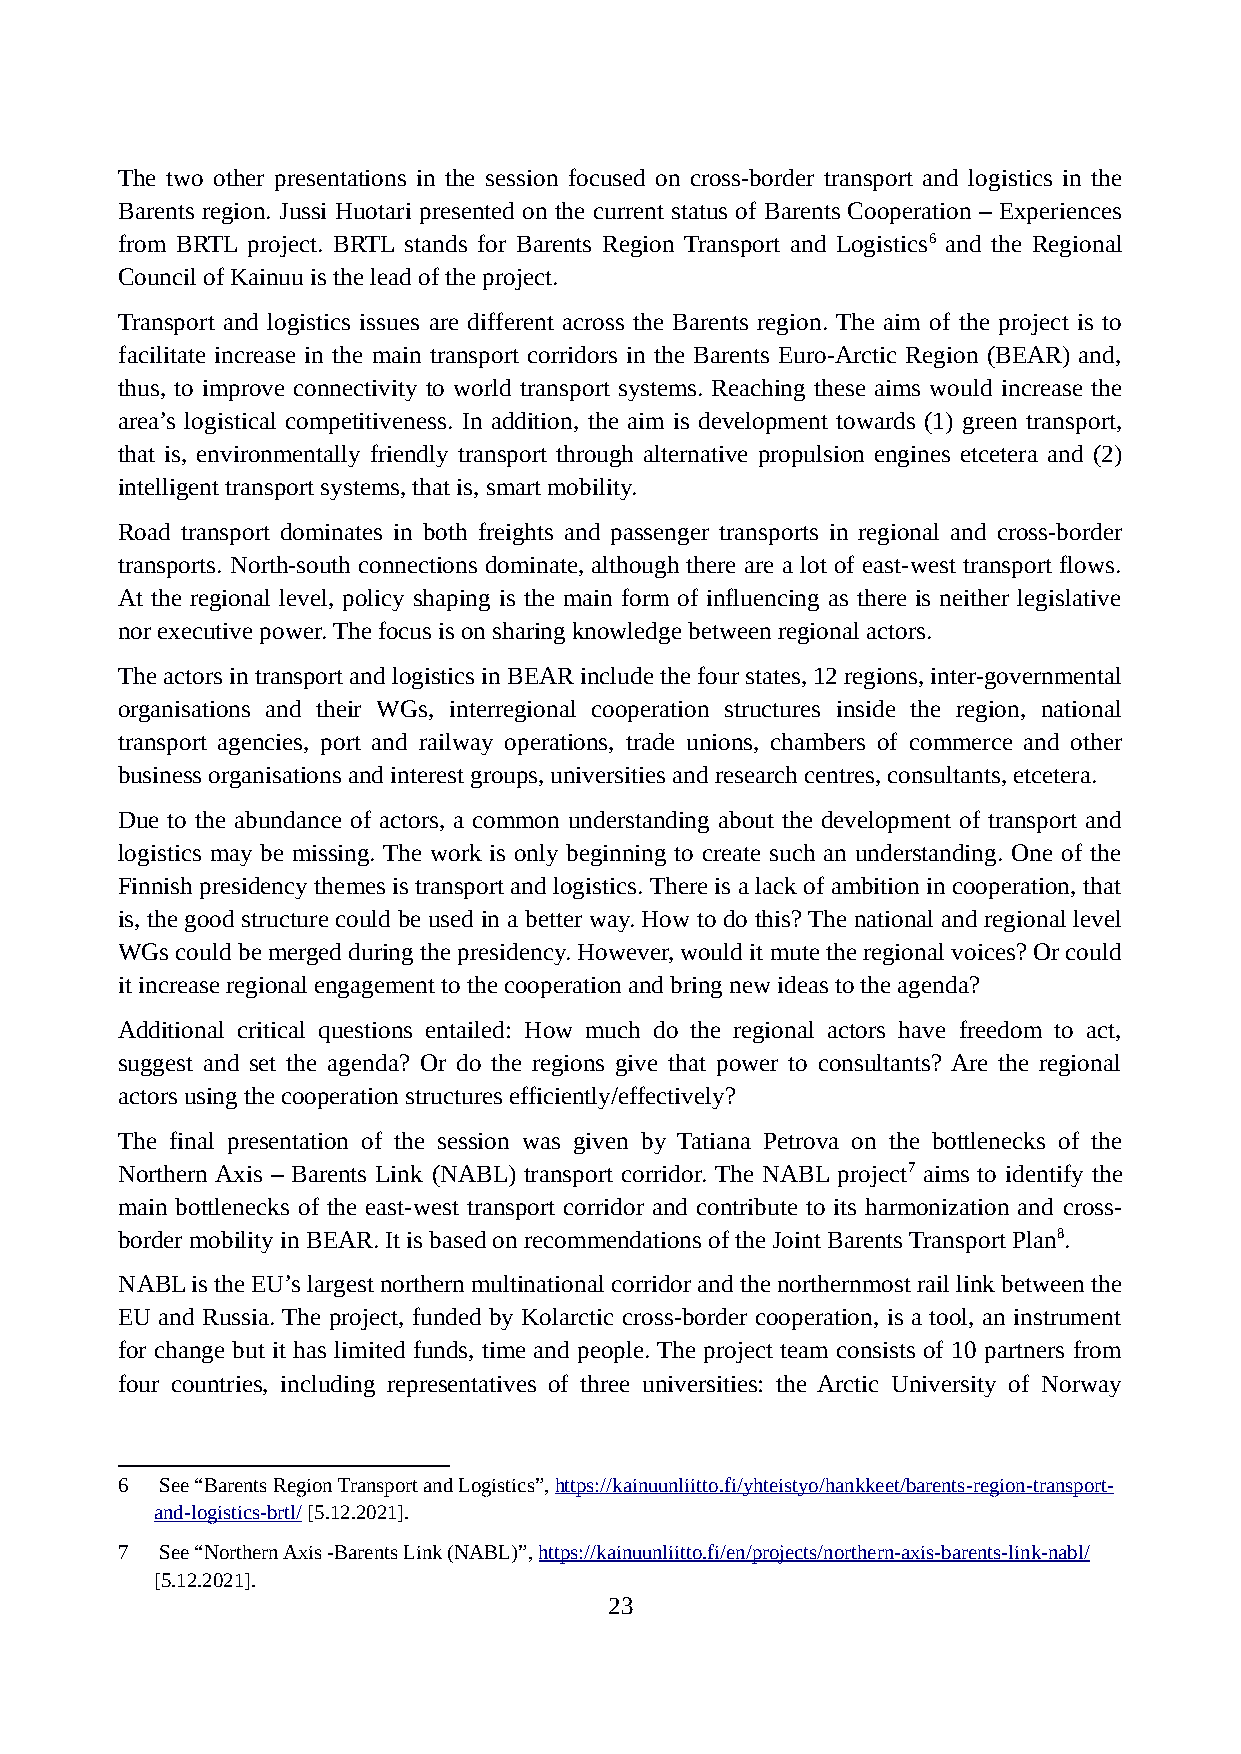
The two other presentations in the session focused on cross-border transport and logistics in the
 Barents region. Jussi Huotari presented on the current status of Barents Cooperation – Experiences
 from BRTL project. BRTL stands for Barents Region Transport and Logistics6 and the Regional
 Council of Kainuu is the lead of the project.
 Transport and logistics issues are different across the Barents region. The aim of the project is to
 facilitate increase in the main transport corridors in the Barents Euro-Arctic Region (BEAR) and,
 thus, to improve connectivity to world transport systems. Reaching these aims would increase the
 area’s logistical competitiveness. In addition, the aim is development towards (1) green transport,
 that is, environmentally friendly transport through alternative propulsion engines etcetera and (2)
 intelligent transport systems, that is, smart mobility.
 Road transport dominates in both freights and passenger transports in regional and cross-border
 transports. North-south connections dominate, although there are a lot of east-west transport flows.
 At the regional level, policy shaping is the main form of influencing as there is neither legislative
 nor executive power. The focus is on sharing knowledge between regional actors.
 The actors in transport and logistics in BEAR include the four states, 12 regions, inter-governmental
 organisations and their WGs, interregional cooperation structures inside the region, national
 transport agencies, port and railway operations, trade unions, chambers of commerce and other
 business organisations and interest groups, universities and research centres, consultants, etcetera.
 Due to the abundance of actors, a common understanding about the development of transport and
 logistics may be missing. The work is only beginning to create such an understanding. One of the
 Finnish presidency themes is transport and logistics. There is a lack of ambition in cooperation, that
 is, the good structure could be used in a better way. How to do this? The national and regional level
 WGs could be merged during the presidency. However, would it mute the regional voices? Or could
 it increase regional engagement to the cooperation and bring new ideas to the agenda?
 Additional critical questions entailed: How much do the regional actors have freedom to act,
 suggest and set the agenda? Or do the regions give that power to consultants? Are the regional
 actors using the cooperation structures efficiently/effectively?
 The final presentation of the session was given by Tatiana Petrova on the bottlenecks of the
 Northern Axis – Barents Link (NABL) transport corridor. The NABL project7 aims to identify the
 main bottlenecks of the east-west transport corridor and contribute to its harmonization and cross-
 border mobility in BEAR. It is based on recommendations of the Joint Barents Transport Plan8.
 NABL is the EU’s largest northern multinational corridor and the northernmost rail link between the
 EU and Russia. The project, funded by Kolarctic cross-border cooperation, is a tool, an instrument
 for change but it has limited funds, time and people. The project team consists of 10 partners from
 four countries, including representatives of three universities: the Arctic University of Norway
 6  See “Barents Region Transport and Logistics”, https://kainuunliitto.fi/yhteistyo/hankkeet/barents-region-transport-
 and-logistics-brtl/ [5.12.2021].
 7  See “Northern Axis -Barents Link (NABL)”, https://kainuunliitto.fi/en/projects/northern-axis-barents-link-nabl/
 [5.12.2021].
 23